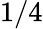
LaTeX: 1/4